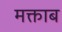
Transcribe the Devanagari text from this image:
मक्ताब